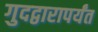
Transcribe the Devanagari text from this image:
गुदद्वारापर्यंत